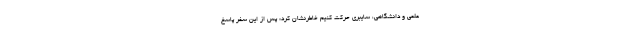
علمی و دانشگاهی، سایبری حرکت کنیم خاطرنشان کرد: پس از این سفر پاسخ